Calcutta medical institutions reports 1892-1900
Year: 1892
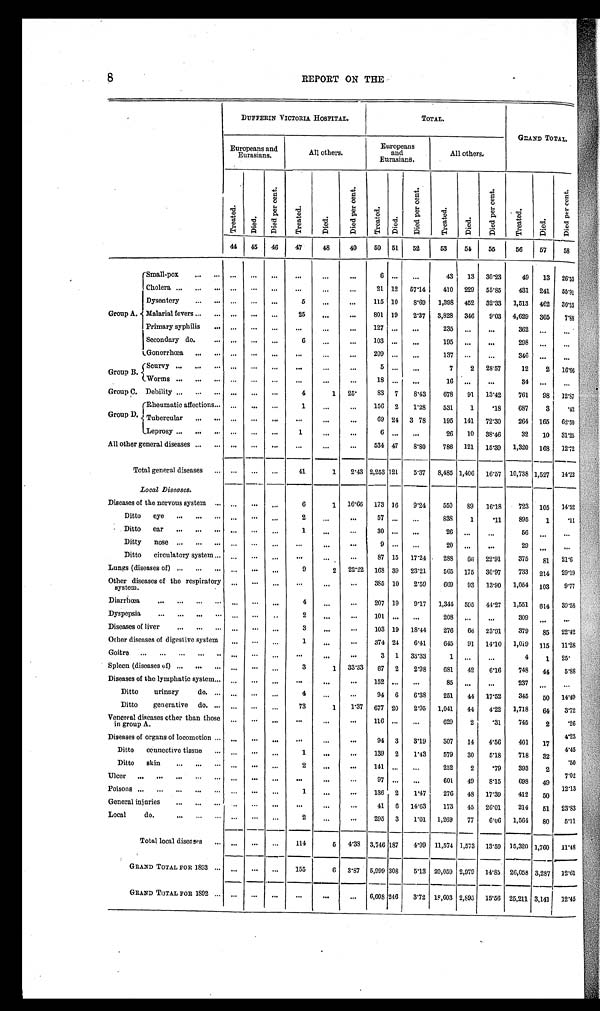
R E P O R T O N T H E
D U F F E R I N V I C T O R I A H O S P I T A L .
T O T A L .
Europeans and
Eurasians.
All others.
Europeans a n d
Eurasians.
Al l ot hers.
GRAND TOTAL
T r e a t e d .
D i e d .
D i e d p e r c e n t .
T r e a t e d .
D i e d .
D i e d p e r c e n t .
T r e a t e d .
D i e d .
D i e d p e r c e n t .
T r e a t e d .
D i e d .
D i e d p e r c e n t .
T r e a t e d .
D i e d . Di ed per cent .
44 45 46 47
48
49 50 51 52
53 54 55
56 57 58
Group A.
Small-pox
6
43 13 30.23
49 13 2 6 . 5 3
Cholera
21 12 57.14 410 229 55.85 431 241 5 5 . 9 1
Dysentery
5
115 10 8.69 1,398 452 32.33 1,513 462 30.53
Malarial fevers
25
801 19 2.37 3,828 346 9.03 4,629 365 7.88
I Primary syphilis
127
235
362
Secondary do.
6
103
195
298
Gonorrhœa
209
137
346
Group B.
Scurvy
5
7 2 28.57 12 2 16.66
Worms
18
16
34
Group C. Debility
4
1 25. 83 7
8 . 4 3 678 91 13.42 761 98 12.87
Group D.
Rheumatic affections
1
156 2 1.28 531 1 .18 687 3
. 4 3
Tubercular
69 24 3 78 195 141 72.30 264 165 62.50
Leprosy
1
6
26 10 38.46 32 10 31.25
All other general diseases
534 47
8 . 8 0 786 121 15.39 1,320 168 12.72
Total general diseases
41
1 2.43 2,253 121 5.37 8,485 1,406 16.57 10,738 1,527 14.22
Local Diseases.
Diseases of the nervous system
6
1 16.66 173 16 9.24 550 89 16.18 723 105 14.52
Ditto eye
2
57
838 1 .11 895 1
. 1 1
Ditto ear
1
26
56
Ditty nose
9
20
29
Ditto circulatory system
87 15 17.24 288 66 22.91 375 81 21.6
Lungs (diseases of)
9
2
2 2 . 2 2 168 39 23.21 565 175 30.97 733 214 29.19
Other diseases of the respiratory
system.
385 10 2.59 669 93 13.90 1,054
1 0 3 9.77
D i a r r h o e a
207 19 9.17 1,344 595 44.27 1,551 614 39.58
Dyspepsia
2
1 0 1
208
309
Diseases of liver
3
103 19 18.44 276 66 23.91 379 85 22.42
Other diseases of digestive system
1
374 24 6.41 645 91 14.10 1,019 115 11.28
Goitre
3 1 33.33
1
4 1 25.
Spleen (diseases of)
3
1 33. 33
6 7 2 2.98
681 42 6.16 748 44 5.88
Diseases of the lymphatic system
1 5 2
85
237
Ditto u r i n a r y d o .
4
94 6 6.38 251 44 17.52 345 50 14.
Ditto generative do.
73
1 1. 37 677 20 2.95 1,041 44 4.22 1,718 64 3.72
Venereal diseases other than those
in group A.
1 1 6
629
2 .31 745
2 .26
Diseases of organs of locomotion
94 3 3.19
307 14 4.56
401 17 4.23
Ditto connective tissue
1
139 2 1.43 579 30 5.18
718 32
. 5 0
Ditto skin
2
252 2 .79 393 2 7 . 0 2
U l c e r
97
601 49 8.15
698 49 12.13
P o i s o n s
1
136 2
1. 47
276 48 17.39
412 50 12.13
General injuries
4 1 6
14.63
173 45 26.01
214 5 1 23.83
Local do.
2
295 3
1. 01 1,269 77 6. 06 1,564 8 0
' 5 . 1 1
Total local diseases
114
5 4. 33 3,746 187 4. 99 11,574 1,573 13.59 15,320 1,760 11.48
GRAND TOTAL FOR 1893
155
6
3.87 5,999 308 5. 13 20,059 2,979 14.85 26,058 3,287 1 2 . 6 1
GRAND TOTAL FOR1 8 9 2
6,608 246 3.72 18, 603 2,895 15.56 25,211 3,141 12.45